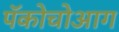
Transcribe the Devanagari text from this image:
पॅकोचोआग